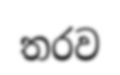
තරව